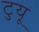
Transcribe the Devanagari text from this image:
टुयू